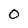
Character: O